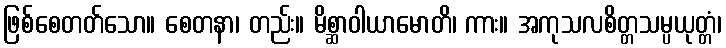
ဖြစ်စေတတ်သော။ စေတနာ၊ တည်း။ မိစ္ဆာဝါယာမောတိ၊ ကား။ အကုသလစိတ္တသမ္ပယုတ္တံ၊